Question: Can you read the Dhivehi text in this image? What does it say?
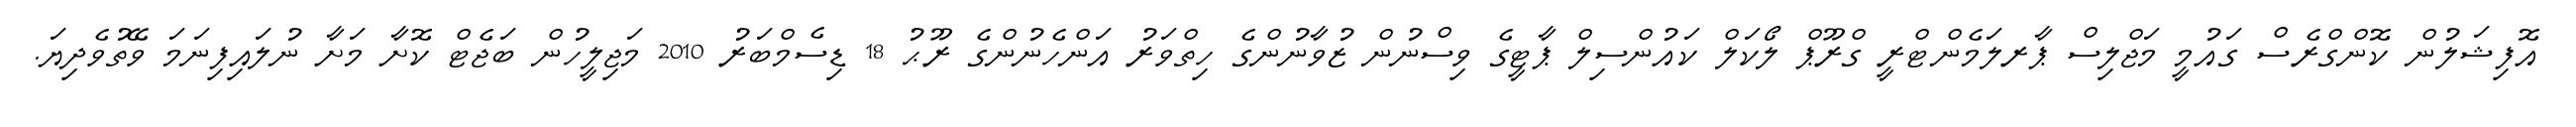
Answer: އޮފިޝަލުން ކޮންގްރެސް ގައުމީ މަޖްލިސް ޕާރލަމެންޓްރީ ގްރޫޕް ލޯކަލް ކައުންސިލް ޕާޓީގެ ވިސްނުން ޒުވާނުންގެ ހިތްވަރު އަންހެނުންގެ ރޫޙު 18 ޑިސެމްބަރު 2010 މަޖިލީހުން ބަޖެޓް ކޮށާ މަށާ ނުލައިފިނަމަ ވޭތުވެދިޔަ.